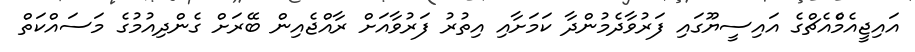
އައިޖީއެމްެއެޗްގެ އައިސީޔޫގައި ފަރުވާދެމުންދާ ކަމަށާއި އިތުރު ފަރުވާއަށް ރާއްޖެއިން ބޭރަށް ގެންދިއުމުގެ މަސައްކަތް